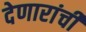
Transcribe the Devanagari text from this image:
देणारांची